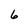
Character: 6